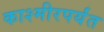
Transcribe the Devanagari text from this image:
काश्मीरपर्यंत